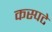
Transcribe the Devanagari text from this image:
कस्पटे